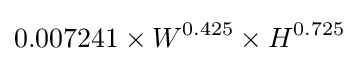
0.007241\times W^{0.425}\times H^{0.725}